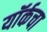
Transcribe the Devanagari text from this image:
यॉर्कचा